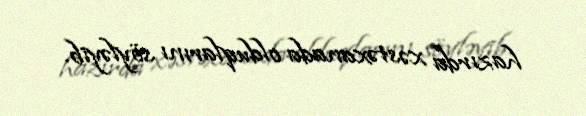
hazırda xəstəxanada olduqlarını söyləyib.